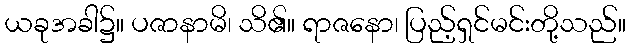
ယခုအခါ၌။ ပဇာနာမိ၊ သိ၏။ ရာဇနော၊ ပြည့်ရှင်မင်းတို့သည်။